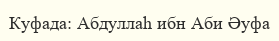
Куфада: Абдуллаһ ибн Аби Әуфа